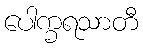
ပေါက္ခရသာတီ